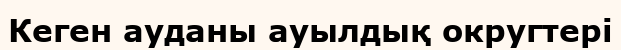
Кеген ауданы ауылдық округтері